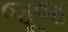
જૂજ